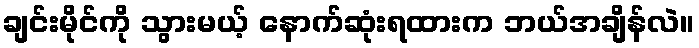
ချင်းမိုင်ကို သွားမယ့် နောက်ဆုံးရထားက ဘယ်အချိန်လဲ။